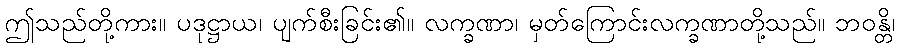
ဤသည်တို့ကား။ ပဒုဋ္ဌာယ၊ ပျက်စီးခြင်း၏။ လက္ခဏာ၊ မှတ်ကြောင်းလက္ခဏာတို့သည်။ ဘဝန္တိ၊